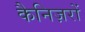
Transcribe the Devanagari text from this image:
कैनिज़रों